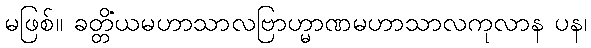
မဖြစ်။ ခတ္တိယမဟာသာလဗြာဟ္မာဏမဟာသာလကုလာနံ ပန၊